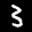
Label: 3